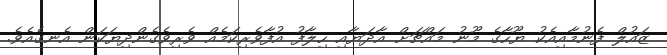
ޒައުލް ފެނުމާއިއެކު ޔޫހާގެ މޫނު މައްޗަށް އާދަޔާއި ހިލާފު އުފާވެރިކަމެއް ވެރިވެގެންދިޔަކަން އެނގެއެވެ.